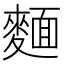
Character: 麵